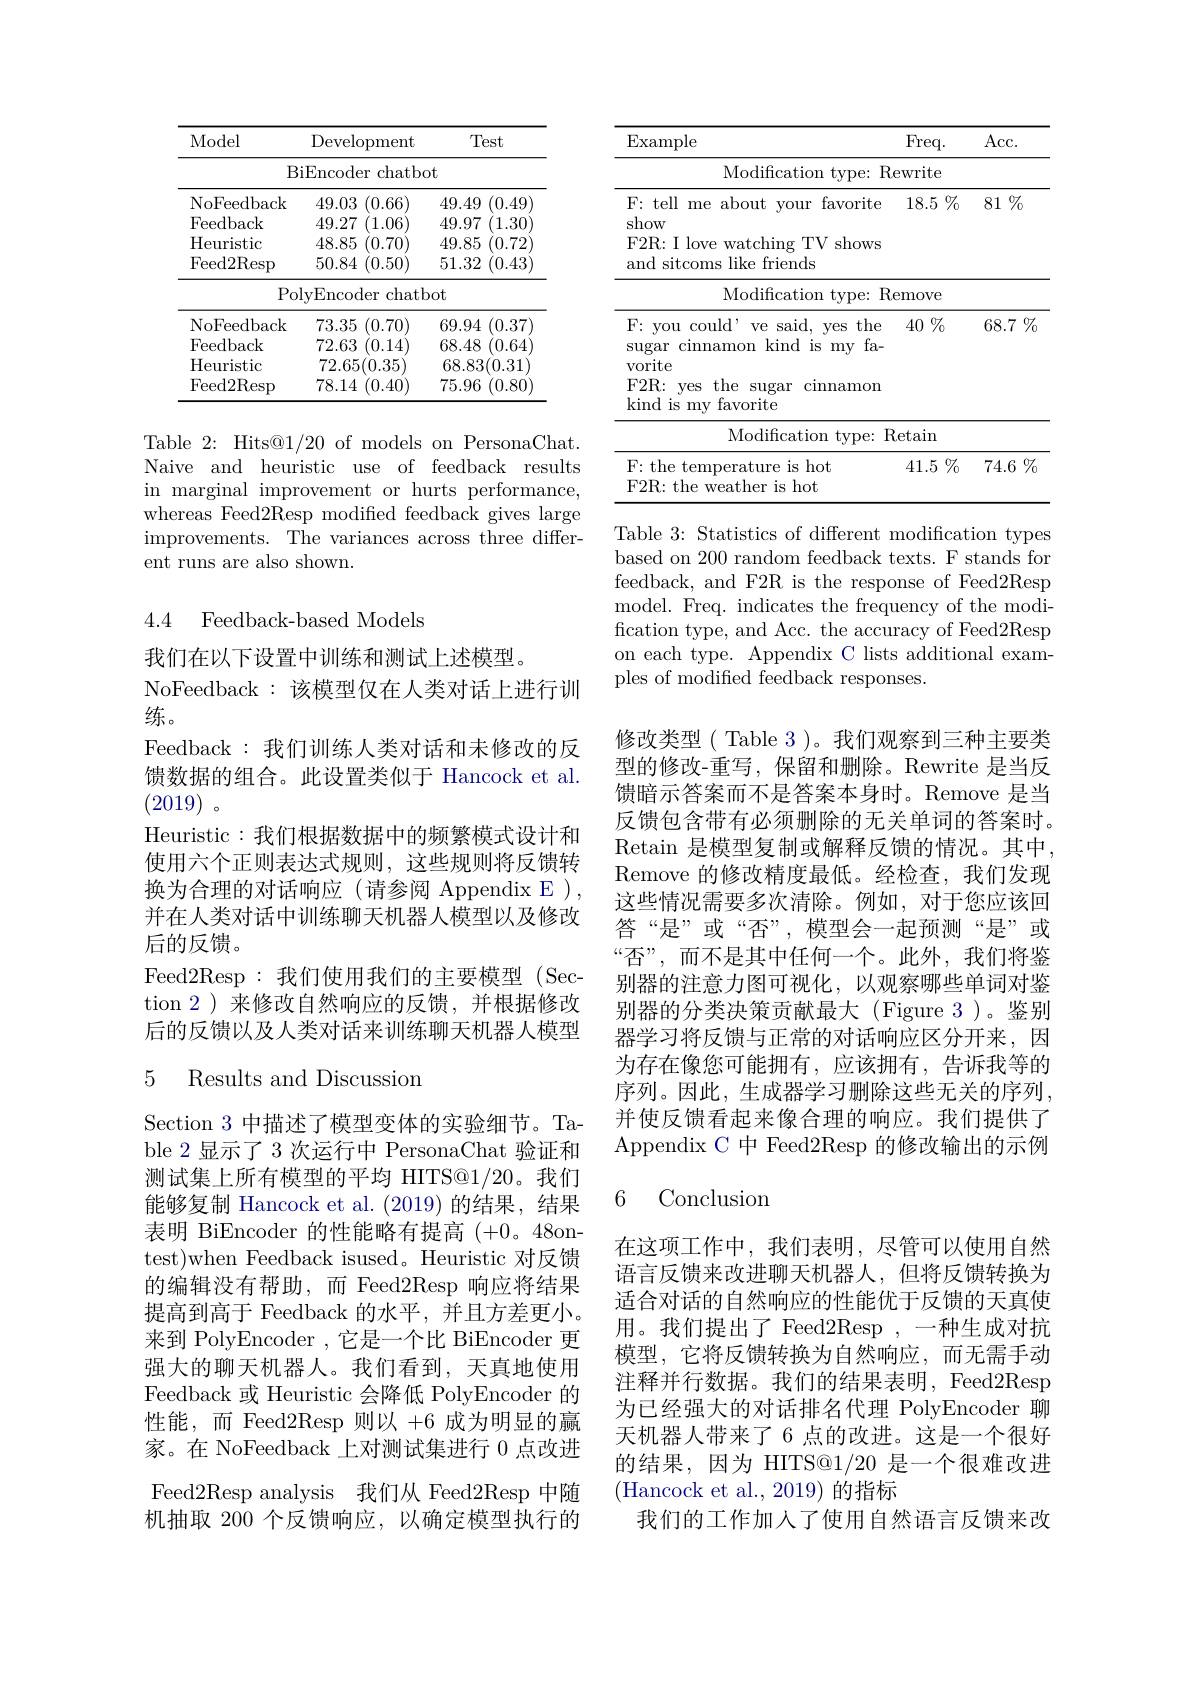
<table>
	<tbody>
		<tr>
			<th>Model</th>
			<th>Development</th>
			<th>Test</th>
		</tr>
		<tr>
			<th>$B$</th>
			<th>iEncoder chatb 1</th>
			<th>$\iota t$</th>
		</tr>
		<tr>
			<th>NoFeedback</th>
			<th>49.03 (0.66)</th>
			<th>(0.49 49.49</th>
		</tr>
		<tr>
			<td>Feedback</td>
			<td>49.27 (1.06)</td>
			<td>49.97 (1.30</td>
		</tr>
		<tr>
			<td>Heuristic</td>
			<td>48.85 (0.70)</td>
			<td>49.85 (0.72</td>
		</tr>
		<tr>
			<td>Feed2Resp</td>
			<td>50.84 (0.50)</td>
			<td>51.32 (0.43</td>
		</tr>
		<tr>
			<td>Po</td>
			<td>lvEncoder chat</td>
			<td>$ot$</td>
		</tr>
		<tr>
			<td>NoFeedback</td>
			<td>73.35 (0.70)</td>
			<td>69.94 (0.37</td>
		</tr>
		<tr>
			<td>Feedback</td>
			<td>72.63 (0.14</td>
			<td>68.48 (0.64</td>
		</tr>
		<tr>
			<td>Heuristic</td>
			<td>72.65(0.35)</td>
			<td>68.83(0.31</td>
		</tr>
		<tr>
			<td>Feed2Resp</td>
			<td>78.14 (0.40)</td>
			<td>75.96 (0.80</td>
		</tr>
	</tbody>
</table>

Table 2: Hits@1/20 of models on PersonaChat. Naive and heuristic use of feedback results in marginal improvement or hurts performance, whereas Feed2Resp modified feedback gives large improvements. The variances across three different runs are also shown.

4.4 Feedback-based Models

我们在以下设置中训练和测试上述模型
NoFeedback:该模型仅在人类对话上进行训
练。
Feedback:我们训练人类对话和未修改的反馈数据的组合。此设置类似于 Hancock et al. (2019) 。
Heuristic:我们根据数据中的频繁模式设计和使用六个正则表达式规则，这些规则将反馈转换为合理的对话响应(请参阅 Appendix E), 并在人类对话中训练聊天机器人模型以及修改后的反馈。
Feed2Resp:我们使用我们的主要模型(Section 2 )来修改自然响应的反馈，并根据修改后的反馈以及人类对话来训练聊天机器人模型

### 5 Results and Discussior

Section 3 中描述了模型变体的实验细节。Table 2 显示了 3 次运行中 PersonaChat 验证和测试集上所有模型的平均 HITS@1/20。我们能够复制 Hancock et al. (2019) 的结果，结果表明 BiEncoder 的性能略有提高 (+0。48ontest)when Feedback isused。Heuristic 对反馈的编辑没有帮助，而 Feed2Resp 响应将结果提高到高于 Feedback 的水平，并且方差更小。来到 PolyEncoder , 它是一个比 BiEncoder 更强大的聊天机器人。我们看到，天真地使用Feedback 或 Heuristic 会降低 PolyEncoder 的性能，而 Feed2Resp 则以 +6 成为明显的赢家。在 NoFeedback 上对测试集进行 0 点改进Feed2Resp analysis 我们从 Feed2Resp 中随机抽取 200 个反馈响应，以确定模型执行的

<table>
	<tbody>
		<tr>
			<th>$\operatorname{Example}$ Freq. </th>
			<th>Acc. </th>
		</tr>
		<tr>
			<td>Modifcation type: Rewrite</td>
			<td> </td>
		</tr>
		<tr>
			<td>F: tell me about your favorite $18.5\%$ show F2R: I love watching TV shows and sitcoms like friends</td>
			<td>$81\%$</td>
		</tr>
		<tr>
			<td>Modifcation type: Remove</td>
			<td> </td>
		</tr>
		<tr>
			<td>F: you could' ve said, yes the $40\%$ sugar cinnamon kind is my fa- $\operatorname{vorite}$ F2R: yes the sugar cinnamon kind is my favorite Modification tvpe: Retain</td>
			<td>$68.7\%$</td>
		</tr>
		<tr>
			<td>F: the temperature is hot $41.5\%$ F2R: the weather is hot</td>
			<td>$74.6\%$</td>
		</tr>
	</tbody>
</table>

Table 3: Statistics of different modification types based on 200 random feedback texts. F stands for feedback, and F2R is the response of Feed2Resp model. Freq. indicates the frequency of the modification type, and Acc. the accuracy of Feed2Resp on each type. Appendix C lists additional examples of modified feedback responses.

修改类型( Table 3 )。我们观察到三种主要类型的修改-重写，保留和删除。Rewrite 是当反馈暗示答案而不是答案本身时。Remove 是当反馈包含带有必须删除的无关单词的答案时。Retain 是模型复制或解释反馈的情况。其中Remove 的修改精度最低。经检查，我们发现这些情况需要多次清除。例如，对于您应该回答“是”或“否”,模型会一起预测“是”或“否”,而不是其中任何一个。此外，我们将鉴别器的注意力图可视化，以观察哪些单词对鉴别器的分类决策贡献最大(Figure 3)。鉴别器学习将反馈与正常的对话响应区分开来，因为存在像您可能拥有，应该拥有，告诉我等的序列。因此，生成器学习删除这些无关的序列， 并使反馈看起来像合理的响应。我们提供了Appendix C 中 Feed2Resp 的修改输出的示例6 Conclusion
在这项工作中，我们表明，尽管可以使用自然语言反馈来改进聊天机器人，但将反馈转换为适合对话的自然响应的性能优于反馈的天真使用。我们提出了 Feed2Resp ,一种生成对抗模型，它将反馈转换为自然响应，而无需手动注释并行数据。我们的结果表明，Feed2Resp 为已经强大的对话排名代理 PolyEncoder 聊天机器人带来了 6 点的改进。这是一个很好的结果，因为 HITS@1/20 是一个很难改进(Hancock et al., 2019) 的指标

我们的工作加入了使用自然语言反馈来改